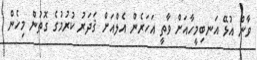
ވާން އުޅޭ އަނބިމީހާއަށް ވާތީ އަހަރެން އެލްއަށް ޤަދަރު ކުރުމުގެ ގޮތުން މިހެން